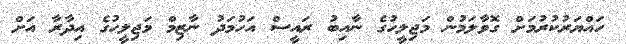
ހައްޔަރުކުރުމަށް ގޮވާލަމުން މަޖިލީހުގެ ނާއިބު ރައީސް އަހުމަދު ނާޒިމް މަޖިލީހުގެ އިދާރާ އަށް